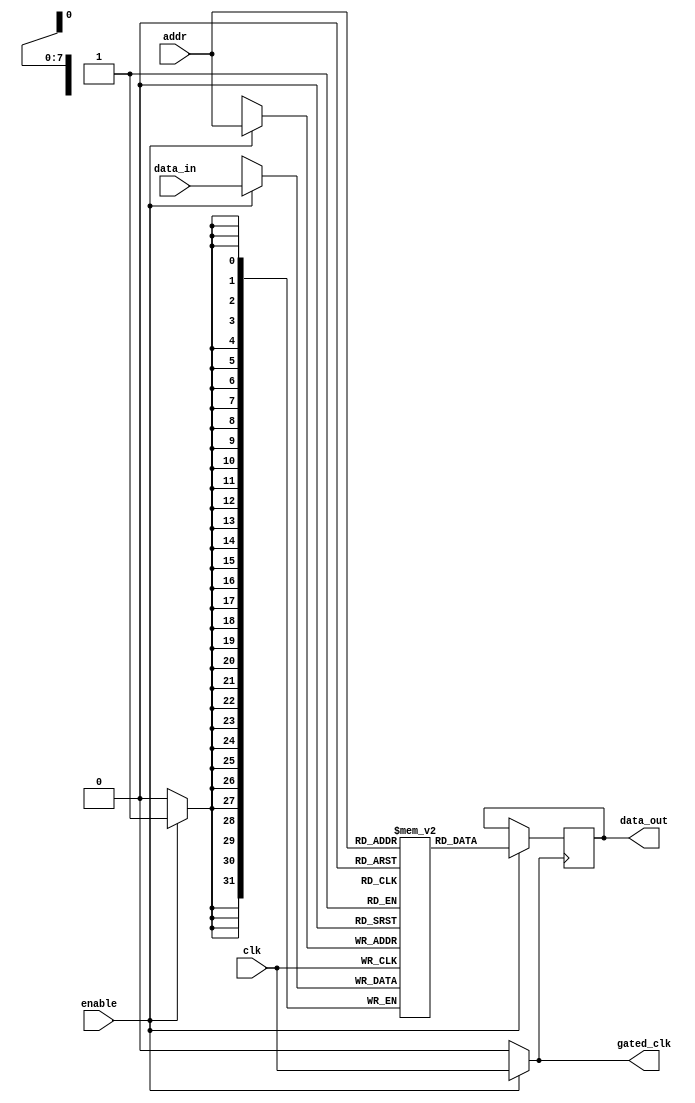
module memory_block_dcg #(
    parameter ADDR_WIDTH = 8,
    parameter DATA_WIDTH = 32,
    parameter MEMORY_SIZE = 256
)(
    input wire clk,                       // Global clock
    input wire enable,                    // Enable signal for memory access
    input wire [ADDR_WIDTH-1:0] addr,    // Memory address
    input wire [DATA_WIDTH-1:0] data_in,  // Data input for write
    output reg [DATA_WIDTH-1:0] data_out, // Data output for read
    output wire gated_clk                 // Gated clock output
);

    // Memory array
    reg [DATA_WIDTH-1:0] memory [0:MEMORY_SIZE-1];

    // Clock gating logic
    reg gated_clk_internal;
    assign gated_clk = gated_clk_internal;

    always @(*) begin
        // Clock gating logic: Enable clock if there is an active memory operation
        gated_clk_internal = enable ? clk : 1'b0;
    end

    // Memory operation
    always @(posedge gated_clk) begin
        if (enable) begin
            // Read operation
            data_out <= memory[addr];
        end
    end

    // Write operation
    always @(posedge clk) begin
        if (enable) begin
            memory[addr] <= data_in;
        end
    end

endmodule